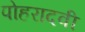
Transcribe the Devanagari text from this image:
पोहरादवी